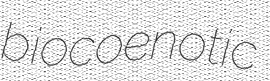
biocoenotic